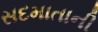
સદમાતાની